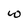
Character: w